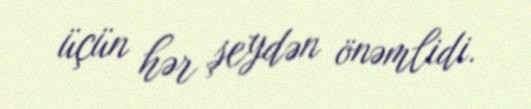
üçün hər şeydən önəmlidi.